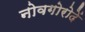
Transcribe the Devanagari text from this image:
नोवगोरोदें